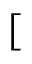
[